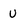
Character: u